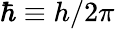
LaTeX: \hbar\equiv h/2\pi